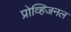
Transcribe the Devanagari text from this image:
प्रोव्हिजनल